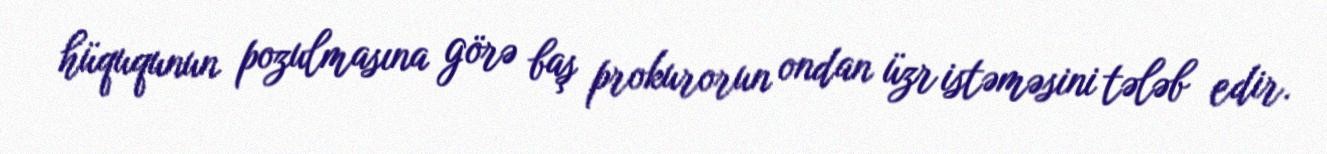
hüququnun pozulmasına görə baş prokurorun ondan üzr istəməsini tələb edir.